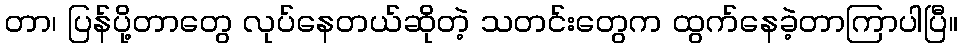
တာ၊ ပြန်ပို့တာတွေ လုပ်နေတယ်ဆိုတဲ့ သတင်းတွေက ထွက်နေခဲ့တာကြာပါပြီ။